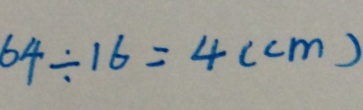
6 4 \div 1 6 = 4 ( c m )